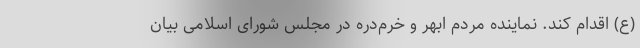
(ع) اقدام کند. نماینده مردم ابهر و خرم‌دره در مجلس شورای اسلامی بیان